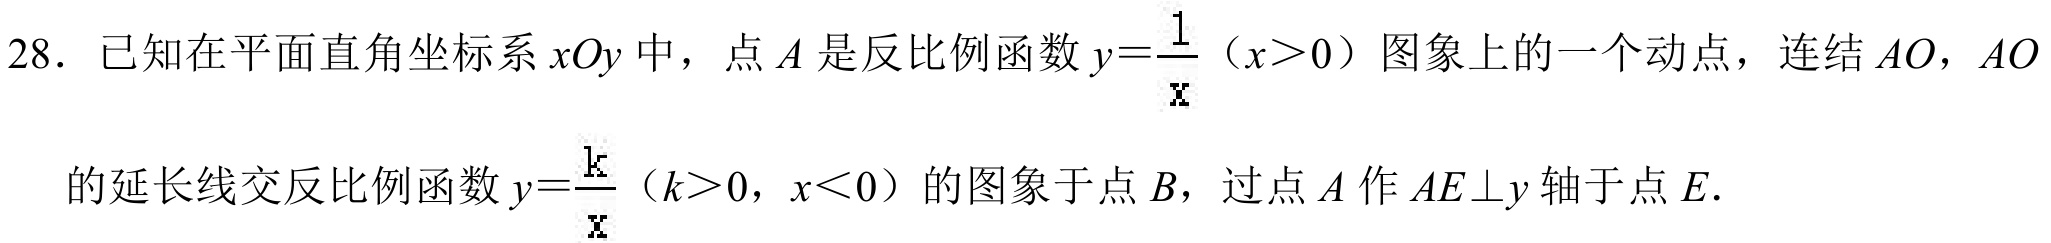
28. 已知在平面直角坐标系\(xOy\)中，点\(A\)是反比例函数\(y = \dfrac{1}{x}\)（\(x>0\)）图象上的一个动点，连结\(AO\)，\(AO\)
的延长线交反比例函数\(y=\dfrac{k}{x}\)（\(k > 0\)，\(x<0\)）的图象于点\(B\)，过点\(A\)作\(AE\perp y\)轴于点\(E\).